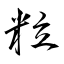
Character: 粒